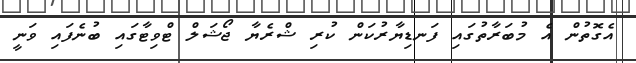
އެގޮތުން އެ މުބަރާތުގައި ފަނޑިޔާރުކަން ކުރި ޝްރެޔާ ޖޯޝަލް ޓްވިޓާގައި ބުނެފައި ވަނީ